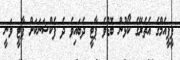
ޕީޕީއެމްގެ އެތެރޭގެ ކޯޅުން ބޮޑުވެ ޕާޓީ ދެބައިވެ ދެ ފެކްޝަނަކަށް ޕާޓީ ވަނީ